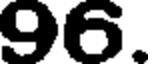
96.